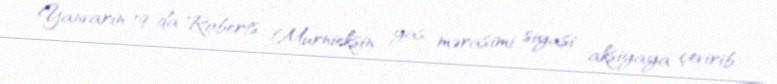
Yanvarın 19-da Roberts Murnieksin yas mərasimi siyasi aksiyaya çevirib.